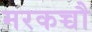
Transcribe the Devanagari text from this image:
मरकच्चौ